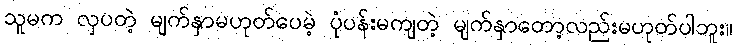
သူမက လှပတဲ့ မျက်နှာမဟုတ်ပေမဲ့ ပုံပန်းမကျတဲ့ မျက်နှာတော့လည်းမဟုတ်ပါဘူး။